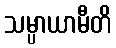
သမ္ပာယာမီတိ